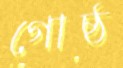
গোষ্ঠ